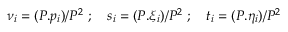
{ \nu } _ { i } = ( P . p _ { i } ) / P ^ { 2 } \ ; \quad s _ { i } = ( P . \xi _ { i } ) / P ^ { 2 } \ ; \quad t _ { i } = ( P . \eta _ { i } ) / P ^ { 2 }